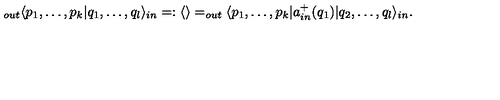
_ { o u t } \langle p _ { 1 } , \dots , p _ { k } | q _ { 1 } , \dots , q _ { l } \rangle _ { i n } = : \langle \rangle = _ { o u t } \langle p _ { 1 } , \dots , p _ { k } | a _ { i n } ^ { + } ( q _ { 1 } ) | q _ { 2 } , \dots , q _ { l } \rangle _ { i n } .